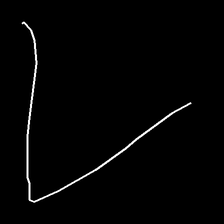
Glyph: region